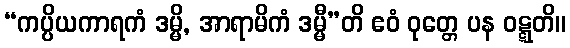
“ကပ္ပိယကာရကံ ဒမ္မိ, အာရာမိကံ ဒမ္မီ”တိ ဧဝံ ဝုတ္တေ ပန ဝဋ္ဋတိ။